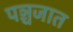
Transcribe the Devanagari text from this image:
पञ्चजात